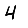
Digit: 4